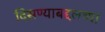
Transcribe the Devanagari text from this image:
दिसण्याबद्दलच्या